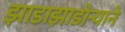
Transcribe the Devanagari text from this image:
झाडाझाडोऱ्याने